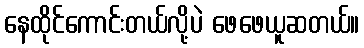
နေထိုင်ကောင်းတယ်လို့ပဲ ဖေဖေယူဆတယ်။